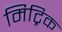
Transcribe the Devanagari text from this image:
मिट्रिक